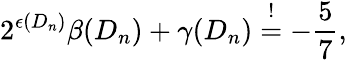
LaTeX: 2^{\epsilon(D_{n})}\beta(D_{n})+\gamma(D_{n})\stackrel{!}{=}-\frac{5}{7},